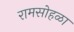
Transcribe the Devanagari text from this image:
रामसोहळा